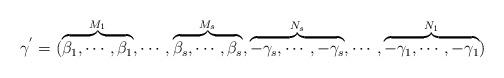
LaTeX: \begin{align*} \gamma^{'}=(\overbrace{\beta_{1},\cdots,\beta_{1}}^{M_{1}},\cdots,\overbrace{\beta_{s},\cdots,\beta_{s}}^{M_{s}},\overbrace{-\gamma_{s},\cdots,-\gamma_{s}}^{N_{s}},\cdots,\overbrace{-\gamma_{1},\cdots,-\gamma_{1}}^{N_{1}})\end{align*}